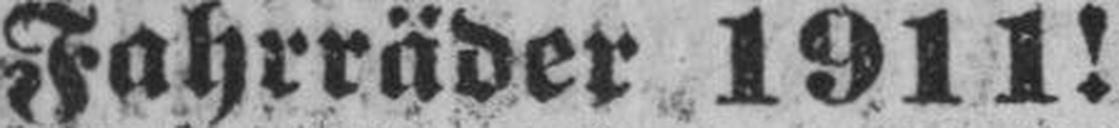
Fahrräder 1911!